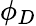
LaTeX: \phi_{D}